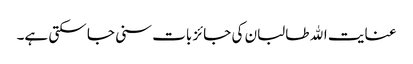
عنایت الله طالبان کی جائز بات سنی جا سکتی ہے۔